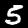
Label: 5